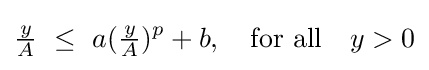
{\tfrac {y}{A}}~\leq ~a({\tfrac {y}{A}})^{p}+b,\quad {\text{for all}}\quad y>0